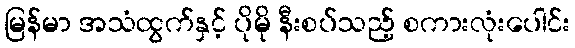
မြန်မာ အသံထွက်နှင့် ပိုမို နီးစပ်သည့် စကားလုံးပေါင်း